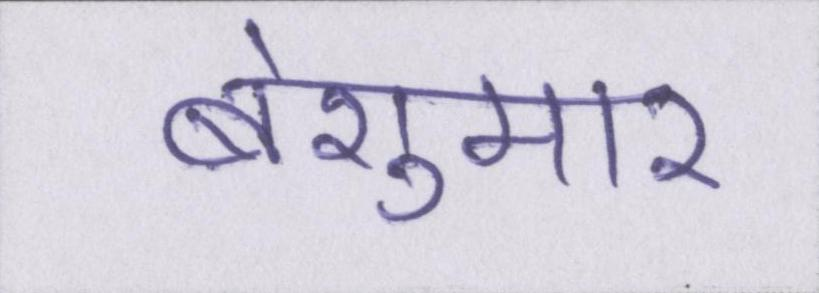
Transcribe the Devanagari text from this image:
बेशुमार